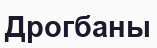
Дрогбаны